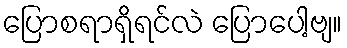
ပြောစရာရှိရင်လဲ ပြောပေါ့ဗျ။